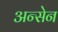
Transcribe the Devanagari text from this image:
अन्सेन